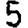
Digit: 5